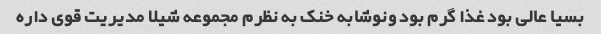
بسیا عالی بود غذا گرم بود ونوشابه خنک به نظرم مجموعه شیلا مدیریت قوی داره